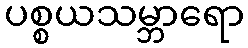
ပစ္စယသမ္ဘာရော